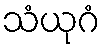
သံယုဂံ